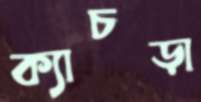
ক্যাচড়া